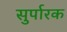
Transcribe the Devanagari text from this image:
सुर्पारक